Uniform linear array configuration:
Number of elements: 48
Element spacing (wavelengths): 1
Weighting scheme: blackman
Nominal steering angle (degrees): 60
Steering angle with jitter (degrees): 60.191
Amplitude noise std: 0.05
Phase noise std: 0.05

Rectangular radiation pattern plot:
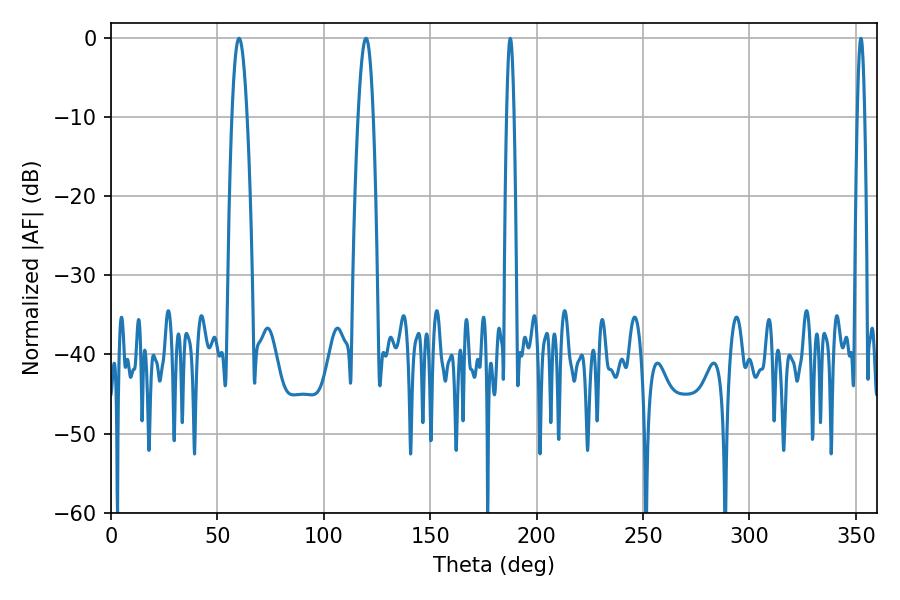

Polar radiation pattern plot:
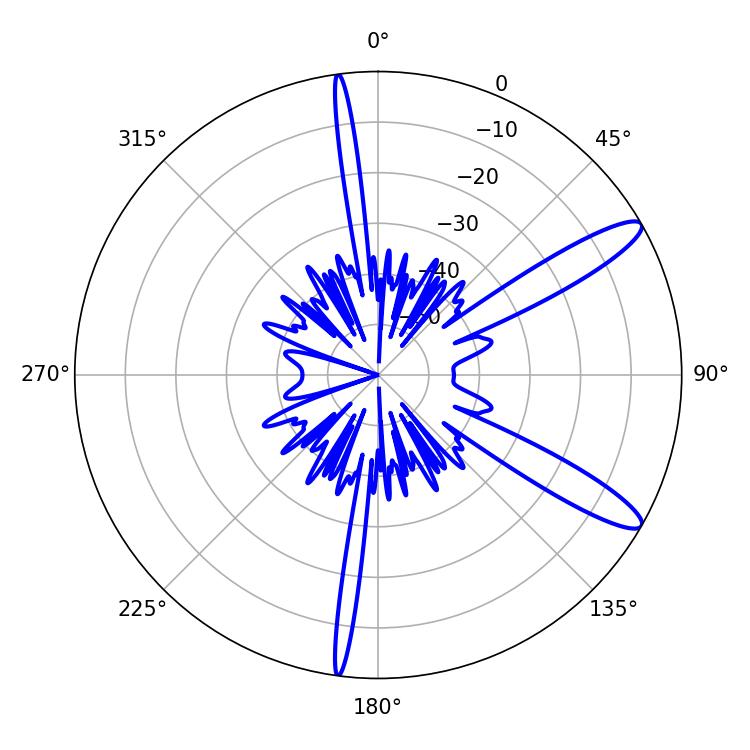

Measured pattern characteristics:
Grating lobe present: TRUE
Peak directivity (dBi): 12.257
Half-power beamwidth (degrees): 3.78
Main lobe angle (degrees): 60.12